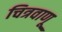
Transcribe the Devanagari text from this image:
चित्रवाणू